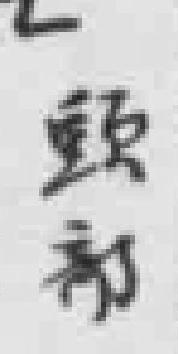
頭部